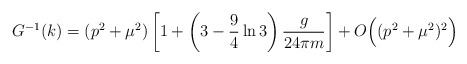
\begin{align*}G^{-1}(k)=(p^2+\mu^2)\left[1+\left(3-\frac{9}{4}\ln 3\right)\frac{g}{24\pi m}\right]+O\Bigl((p^2+\mu^2)^2\Bigr)\end{align*}